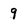
Character: 9